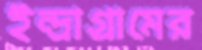
ইন্দ্রাগ্রামের